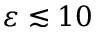
\varepsilon \lesssim 1 0